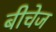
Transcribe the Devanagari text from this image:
बीचेज